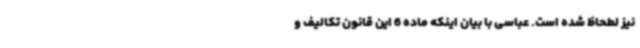
نیز لطحاظ شده است. عباسی با بیان اینکه ماده 6 این قانون تکالیف و